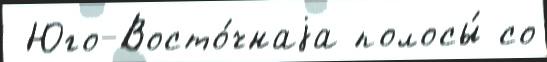
 Юго-Восто́чнаjа полосы́ со